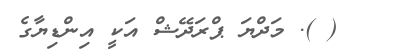
( ). މަދްޔަ ޕްރަދޭޝް އަކީ އިންޑިޔާގެ